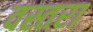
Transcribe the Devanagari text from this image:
वस्तरा